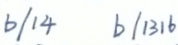
b / 1 4 b / 1 3 1 6